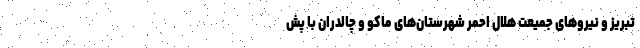
تبریز و نیرو‌های جمیعت هلال احمر شهرستان‌های ماکو و چالدران با پش